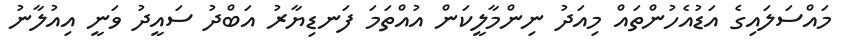
މައްސަލައިގެ އަޑުއެހުންތައް މިއަދު ނިންމާލީކަން އުއްތަމަ ފަނޑިޔާރު އަބްދު ސައީދު ވަނީ އިއުލާނު